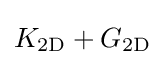
K_{\mathrm {2D} }+G_{\mathrm {2D} }